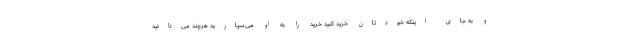
و به جای اینکه خودتان خرید کنید خرید را به او می‌سپارید هرچند می‌دانید